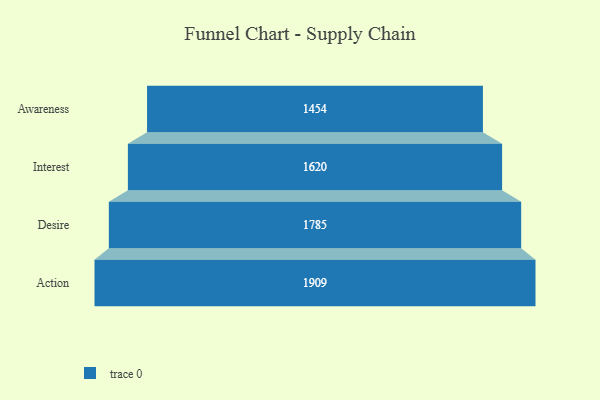
{"axis": {"x": "Stage", "y": "Value"}, "legend": [""], "data": [{"x": "Awareness", "y": 1454.0, "type": ""}, {"x": "Interest", "y": 1620.0, "type": ""}, {"x": "Desire", "y": 1785.0, "type": ""}, {"x": "Action", "y": 1909.0, "type": ""}]}